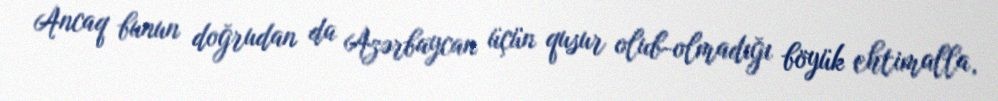
Ancaq bunun doğrudan da Azərbaycan üçün qusur olub-olmadığı böyük ehtimalla,